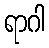
ရာဂါ